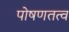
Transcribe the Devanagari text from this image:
पोषणतत्व